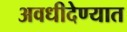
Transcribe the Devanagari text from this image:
अवधीदेण्यात